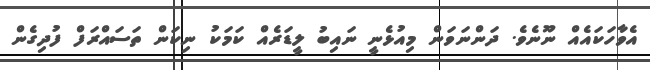
އެވާހަކައެއް ނޫނެވެ. ދަންނަވަން މިއުޅެނީ ނައިބު ލީޑަރެއް ކަމަކު ނިކަން ތަސައްރަފް ފުދިގެން